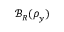
\mathcal { B } _ { R } ( { \boldsymbol \rho } _ { y } )